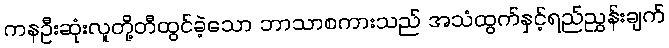
ကနဦးဆုံးလူတို့တီထွင်ခဲ့သော ဘာသာစကားသည် အသံထွက်နှင့်ရည်ညွှန်းချက်